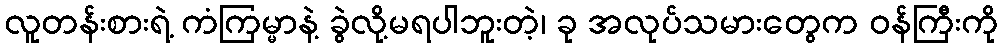
လူတန်းစားရဲ့ ကံကြမ္မာနဲ့ ခွဲလို့မရပါဘူးတဲ့၊ ခု အလုပ်သမားတွေက ဝန်ကြီးကို